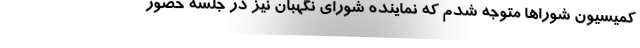
کمیسیون شورا‌ها متوجه شدم که نماینده شورای نگهبان نیز در جلسه حضور